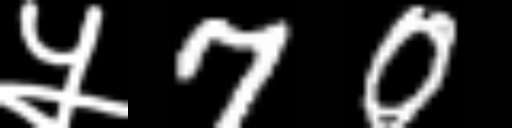
Text: ५70